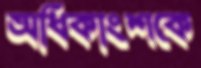
অধিকাংশকে